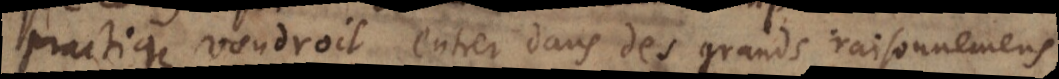
practique voudroit entrer dans des grands raisonnemens